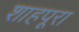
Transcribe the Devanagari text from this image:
शाहपूरा